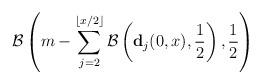
LaTeX: \begin{align*}\mathcal{B}\left(m-\sum_{j=2}^{\left \lfloor x/2 \right \rfloor}\mathcal{B}\left(\mathbf{d}_j(0,x), \frac{1}{2} \right), \frac{1}{2} \right)\end{align*}